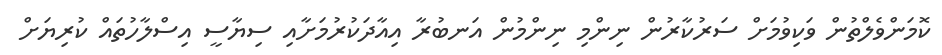
ކޮމަންވެލްތުން ވަކިވުމަށް ސަރުކާރުން ނިންމި ނިންމުން އަނބުރާ އިއާދަކުރުމަށާއި ސިޔާސީ އިސްލާހުތައް ކުރިޔަށް